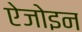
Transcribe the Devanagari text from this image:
ऐजोइन